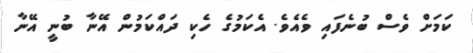
ކަމަށް ވެސް ބުނެފައި ވެއެވެ. އެކަމުގެ ހެކި ދައްކަމުން އޭނާ ބުނީ އޭނާ